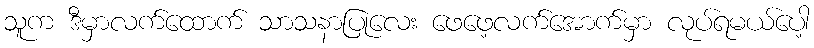
သူက ဒီမှာလက်ထောက် သာသနာပြုလေး ဖေဖေ့လက်အောက်မှာ လုပ်ရမယ်ပေါ့